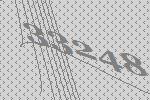
33248